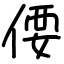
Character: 偠